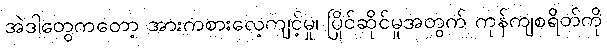
အဲဒါတွေကတော့ အားကစားလေ့ကျင့်မှု၊ ပြိုင်ဆိုင်မှုအတွက် ကုန်ကျစရိတ်ကို